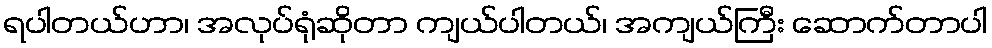
ရပါတယ်ဟာ၊ အလုပ်ရုံဆိုတာ ကျယ်ပါတယ်၊ အကျယ်ကြီး ဆောက်တာပါ